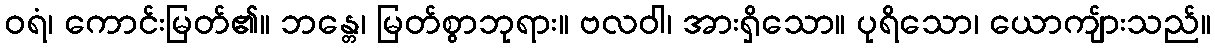
ဝရံ၊ ကောင်းမြတ်၏။ ဘန္တေ၊ မြတ်စွာဘုရား။ ဗလဝါ၊ အားရှိသော။ ပုရိသော၊ ယောကျ်ားသည်။